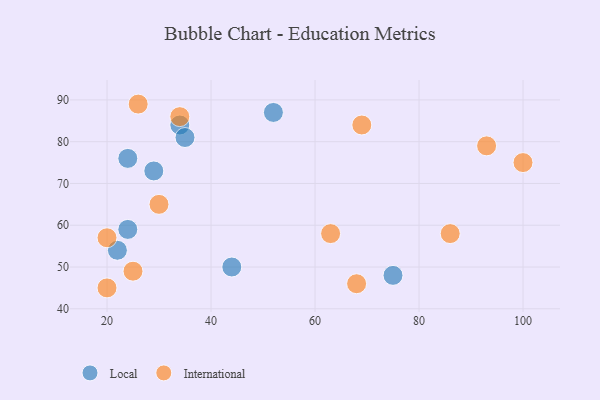
{"axis": {"x": "GDP", "y": "Life Expectancy"}, "legend": ["International", "Local"], "data": [{"x": "52", "y": 87, "type": "Local"}, {"x": "22", "y": 54, "type": "Local"}, {"x": "29", "y": 73, "type": "Local"}, {"x": "24", "y": 59, "type": "Local"}, {"x": "24", "y": 76, "type": "Local"}, {"x": "34", "y": 84, "type": "Local"}, {"x": "44", "y": 50, "type": "Local"}, {"x": "35", "y": 81, "type": "Local"}, {"x": "75", "y": 48, "type": "Local"}, {"x": "20", "y": 45, "type": "International"}, {"x": "68", "y": 46, "type": "International"}, {"x": "30", "y": 65, "type": "International"}, {"x": "100", "y": 75, "type": "International"}, {"x": "69", "y": 84, "type": "International"}, {"x": "25", "y": 49, "type": "International"}, {"x": "34", "y": 86, "type": "International"}, {"x": "86", "y": 58, "type": "International"}, {"x": "20", "y": 57, "type": "International"}, {"x": "26", "y": 89, "type": "International"}, {"x": "63", "y": 58, "type": "International"}, {"x": "93", "y": 79, "type": "International"}]}